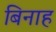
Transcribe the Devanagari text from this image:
बिनाह